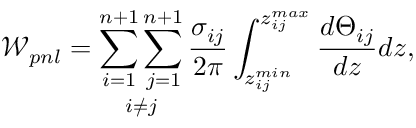
\mathcal { W } _ { p n l } = \mathop { \sum _ { i = 1 } ^ { n + 1 } \sum _ { j = 1 } ^ { n + 1 } } _ { i \neq j } \frac { \sigma _ { i j } } { 2 \pi } \int _ { z _ { i j } ^ { m i n } } ^ { z _ { i j } ^ { m a x } } \frac { d \Theta _ { i j } } { d z } d z ,